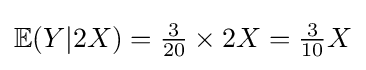
\mathbb {E} (Y|2X)={\tfrac {3}{20}}\times 2X={\tfrac {3}{10}}X